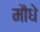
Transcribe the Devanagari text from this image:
मौधे